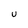
Character: U